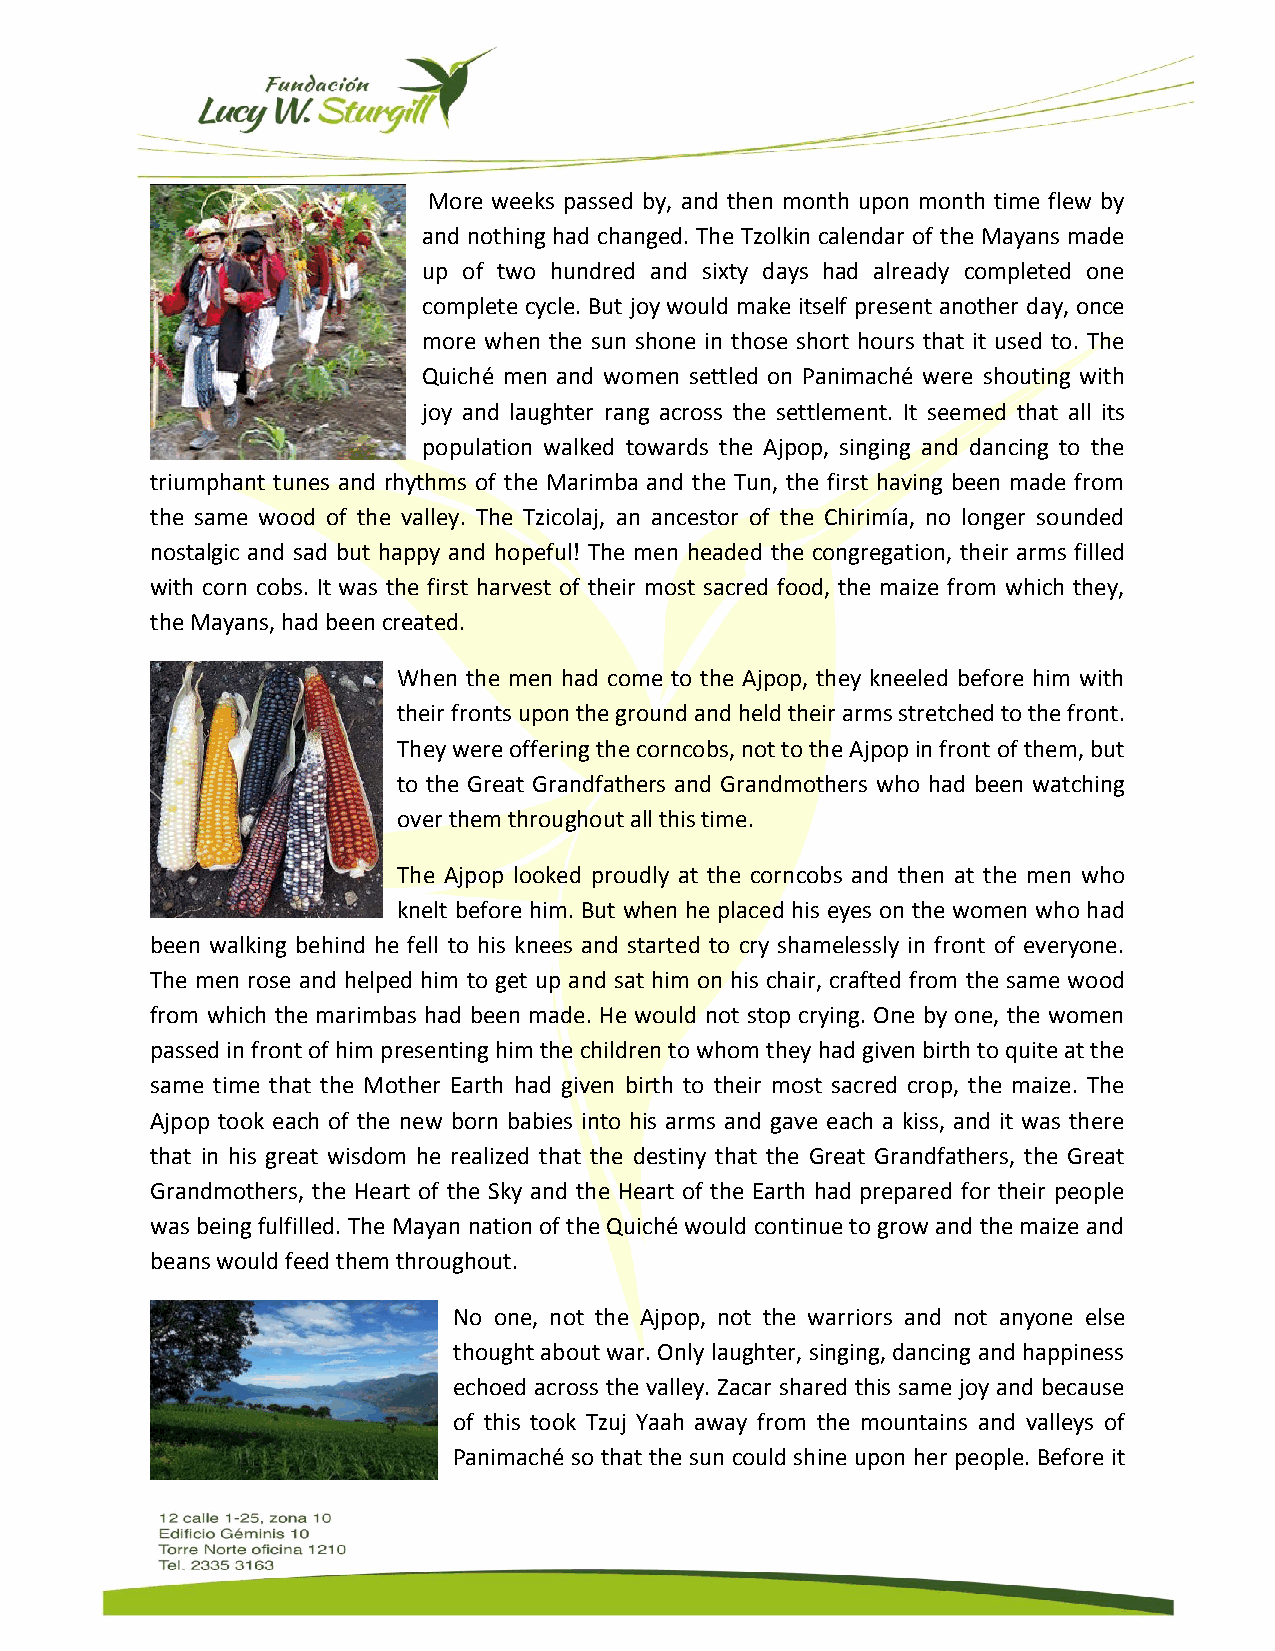
More weeks passed by, and then month upon month time flew by
 and nothing had changed. The Tzolkin calendar of the Mayans made
 up of two hundred and sixty days had already completed one
 complete cycle. But joy would make itself present another day, once
 more when the sun shone in those short hours that it used to. The
 Quiché men and women settled on Panimaché were shouting with
 joy and laughter rang across the settlement. It seemed that all its
 population walked towards the Ajpop, singing and dancing to the
 triumphant tunes and rhythms of the Marimba and the Tun, the first having been made from
 the same wood of the valley. The Tzicolaj, an ancestor of the Chirimía, no longer sounded
 nostalgic and sad but happy and hopeful! The men headed the congregation, their arms filled
 with corn cobs. It was the first harvest of their most sacred food, the maize from which they,
 the Mayans, had been created.
 When the men had come to the Ajpop, they kneeled before him with
 their fronts upon the ground and held their arms stretched to the front.
 They were offering the corncobs, not to the Ajpop in front of them, but
 to the Great Grandfathers and Grandmothers who had been watching
 over them throughout all this time.
 The Ajpop looked proudly at the corncobs and then at the men who
 knelt before him. But when he placed his eyes on the women who had
 been walking behind he fell to his knees and started to cry shamelessly in front of everyone.
 The men rose and helped him to get up and sat him on his chair, crafted from the same wood
 from which the marimbas had been made. He would not stop crying. One by one, the women
 passed in front of him presenting him the children to whom they had given birth to quite at the
 same time that the Mother Earth had given birth to their most sacred crop, the maize. The
 Ajpop took each of the new born babies into his arms and gave each a kiss, and it was there
 that in his great wisdom he realized that the destiny that the Great Grandfathers, the Great
 Grandmothers, the Heart of the Sky and the Heart of the Earth had prepared for their people
 was being fulfilled. The Mayan nation of the Quiché would continue to grow and the maize and
 beans would feed them throughout.
 No one, not the Ajpop, not the warriors and not anyone else
 thought about war. Only laughter, singing, dancing and happiness
 echoed across the valley. Zacar shared this same joy and because
 of this took Tzuj Yaah away from the mountains and valleys of
 Panimaché so that the sun could shine upon her people. Before it